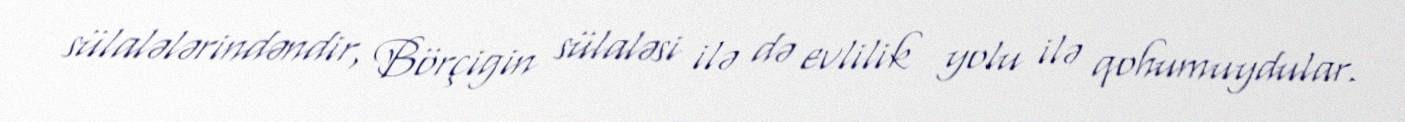
sülalələrindəndir, Börçigin sülaləsi ilə də evlilik yolu ilə qohumuydular.